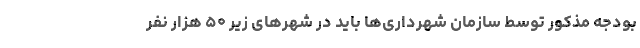
بودجه مذکور توسط سازمان شهرداری‌ها باید در شهرهای زیر ۵۰ هزار نفر